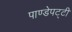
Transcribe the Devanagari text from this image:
पाण्डेपट्टी